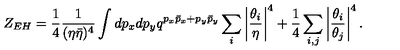
Z _ { E H } = { \frac { 1 } { 4 } } { \frac { 1 } { ( \eta \bar { \eta } ) ^ { 4 } } } \int d p _ { x } d p _ { y } q ^ { p _ { x } \bar { p } _ { x } + p _ { y } \bar { p } _ { y } } \sum _ { i } \left| { \frac { \theta _ { i } } { \eta } } \right| ^ { 4 } + { \frac { 1 } { 4 } } \sum _ { i , j } \left| { \frac { \theta _ { i } } { \theta _ { j } } } \right| ^ { 4 } .